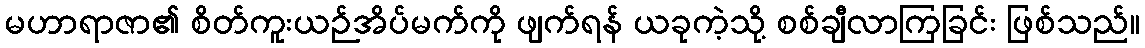
မဟာရာဇာ၏ စိတ်ကူးယဉ်အိပ်မက်ကို ဖျက်ရန် ယခုကဲ့သို့ စစ်ချီလာကြခြင်း ဖြစ်သည်။